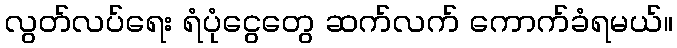
လွတ်လပ်ရေး ရံပုံငွေတွေ ဆက်လက် ကောက်ခံရမယ်။